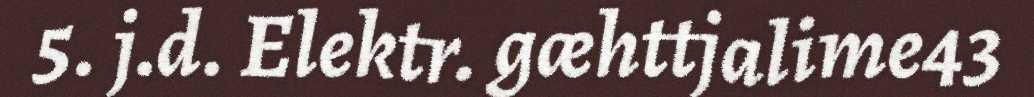
5. j.d. Elektr. gæhttjalime43